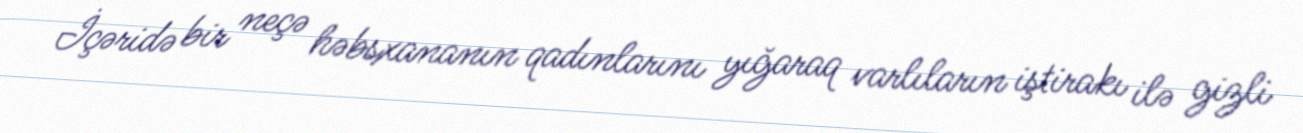
İçəridə bir neçə həbsxananın qadınlarını yığaraq varlıların iştirakı ilə gizli